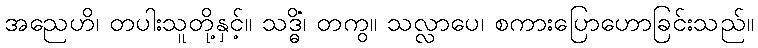
အညေဟိ၊ တပါးသူတို့နှင့်။ သဒ္ဓိံ၊ တကွ။ သလ္လာပေ၊ စကားပြောဟောခြင်းသည်။